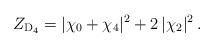
LaTeX: \begin{align*}Z_{\mathrm{D}_4} = |\chi_0+\chi_4|^2 + 2\,|\chi_2|^2 \,.\end{align*}